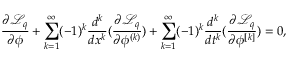
\frac { \partial \mathcal { L } _ { q } } { \partial \phi } + \sum _ { k = 1 } ^ { \infty } ( - 1 ) ^ { k } \frac { d ^ { k } } { d x ^ { k } } ( \frac { \partial \mathcal { L } _ { q } } { \partial \phi ^ { ( k ) } } ) + \sum _ { k = 1 } ^ { \infty } ( - 1 ) ^ { k } \frac { d ^ { k } } { d t ^ { k } } ( \frac { \partial \mathcal { L } _ { q } } { \partial \phi ^ { [ k ] } } ) = 0 ,